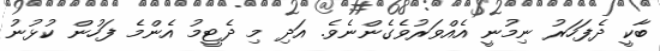
ބާކީ ދެފަހަރު ނިމުނީ އެއްވަރުވެގެންނެވެ. އަދި މި ދެޓީމު އެންމެ ފަހުން ކުޅުނު